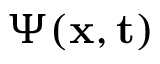
\Psi ( \bf x , t )